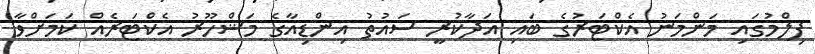
ފިލްމުގައި މަންމަނު އެކްޓަރުގެ ބައި އަދާކުރީ ސައުތު އިންޑިއާގެ މަޝްހޫރު އެކްޓަރެއް ކަމަށްވާ